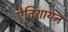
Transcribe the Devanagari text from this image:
ऐतिशायन